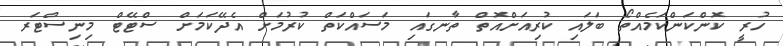
ހުރީ ކޮންކަންކަމެއްތޯ ބަލައި ކުރިއަށްއޮތް ތާނގައި މަސައްކަތް ކުރުމަށް އެދޭކަމަށް ސްޓޭޓް މިނިސްޓަރ